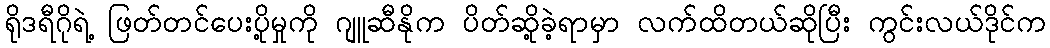
ရိုဒရီဂိုရဲ့ ဖြတ်တင်ပေးပို့မှုကို ဂျူဆီနိုက ပိတ်ဆို့ခဲ့ရာမှာ လက်ထိတယ်ဆိုပြီး ကွင်းလယ်ဒိုင်က